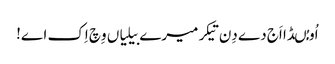
اُو مُںڈا اَج دے دِن تیکر میرے بیلیاں وِچ اِک اے!